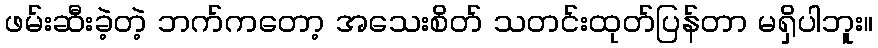
ဖမ်းဆီးခဲ့တဲ့ ဘက်ကတော့ အသေးစိတ် သတင်းထုတ်ပြန်တာ မရှိပါဘူး။